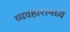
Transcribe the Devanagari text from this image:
व्यवहारामध्ये